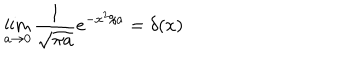
LaTeX: \lim _ { a \to 0 } \frac { 1 } { \sqrt { \pi a } } e ^ { - x ^ { 2 } / a } = \delta ( x )